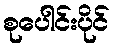
စုပေါင်းပိုင်